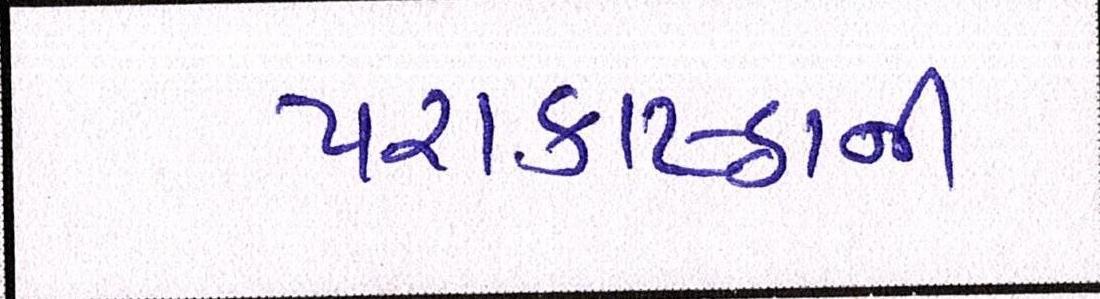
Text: પરાકાષ્ઠાની